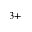
^ { 3 + }